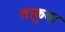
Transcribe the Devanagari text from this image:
ताकुबा